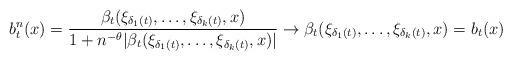
LaTeX: \begin{align*}b_t^n(x)=\frac{\beta_t(\xi_{\delta_1(t)}, \ldots, \xi_{\delta_k(t)}, x)}{1+n^{-\theta}|\beta_t(\xi_{\delta_1(t)}, \ldots, \xi_{\delta_k(t)}, x)|} \rightarrow \beta_t(\xi_{\delta_1(t)}, \ldots, \xi_{\delta_k(t)}, x)=b_t(x) \end{align*}